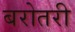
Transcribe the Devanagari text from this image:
बरोतरी